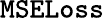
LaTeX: \texttt{MSELoss}